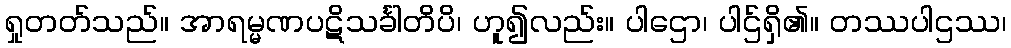
ရှုတတ်သည်။ အာရမ္မဏပဋိသင်္ခါတိပိ၊ ဟူ၍လည်း။ ပါဌော၊ ပါဌ်ရှိ၏။ တဿပါဌဿ၊